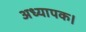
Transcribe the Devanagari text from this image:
अध्यापक।